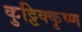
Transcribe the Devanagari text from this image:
कुट्टिक्कृष्ण